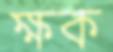
ক্ষক